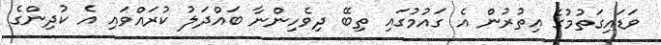
ވަޑައިގަތުމުގެ އިތުރުން އެ ގައުމުގައި ތިބޭ ދިވެހިންނާ ބައްދަލު ކުރައްވައި އެ ކުދިންގެ